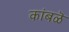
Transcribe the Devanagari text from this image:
कांबळॆ